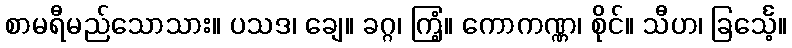
စာမရီမည်သောသား။ ပသဒ၊ ချေ။ ခဂ္ဂ၊ ကြံ့။ ကောကဏ္ဏ၊ စိုင်။ သီဟ၊ ခြင်္သေ့။